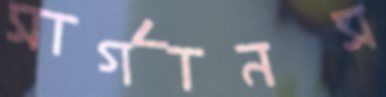
সার্গানস